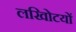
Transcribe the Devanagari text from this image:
लखोिटयों